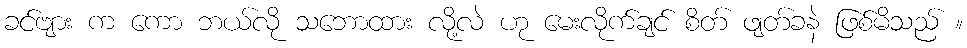
ခင်ဗျား က ကော ဘယ်လို သဘောထား လို့လဲ ဟု မေးလိုက်ချင် စိတ် ဖျတ်ခနဲ ဖြစ်မိသည် ။